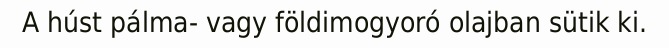
A húst pálma- vagy földimogyoró olajban sütik ki.